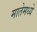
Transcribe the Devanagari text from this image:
मातेमध्ये